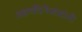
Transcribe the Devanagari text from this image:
अहमदिनेजादांनी